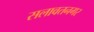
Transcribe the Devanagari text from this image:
सलावतनगर